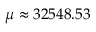
\mu \approx 3 2 5 4 8 . 5 3